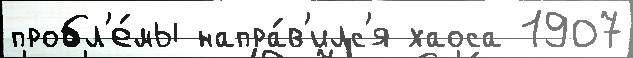
пробл'е́мы напра́в'илс'я хаоса 1907